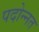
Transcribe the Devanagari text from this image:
पदोन्‍नत